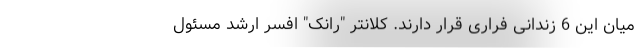
میان این 6 زندانی فراری قرار دارند. کلانتر "رانک" افسر ارشد مسئول